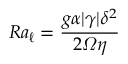
R a _ { \ell } = \frac { g \alpha | \gamma | \delta ^ { 2 } } { 2 \varOmega \eta }